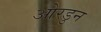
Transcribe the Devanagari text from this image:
ओरडुन